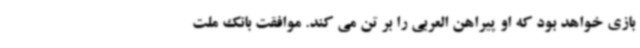
بازی خواهد بود که او پیراهن العربی را بر تن می کند. موافقت بانک ملت